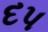
દપ